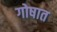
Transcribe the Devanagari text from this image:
गोषात